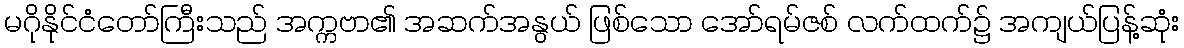
မဂိုနိုင်ငံတော်ကြီးသည် အက္ကဗာ၏ အဆက်အနွယ် ဖြစ်သော အော်ရမ်ဇစ် လက်ထက်၌ အကျယ်ပြန့်ဆုံး